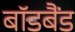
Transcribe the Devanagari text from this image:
बॉडबैंड